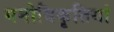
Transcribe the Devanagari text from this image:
मनोविकृतियां